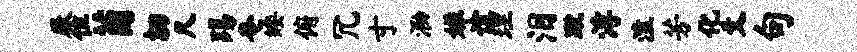
厥位茵切尺踢奄矮俯冗寸泐婵谊理泪蹴浮溘芳化爻句